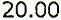
20.00